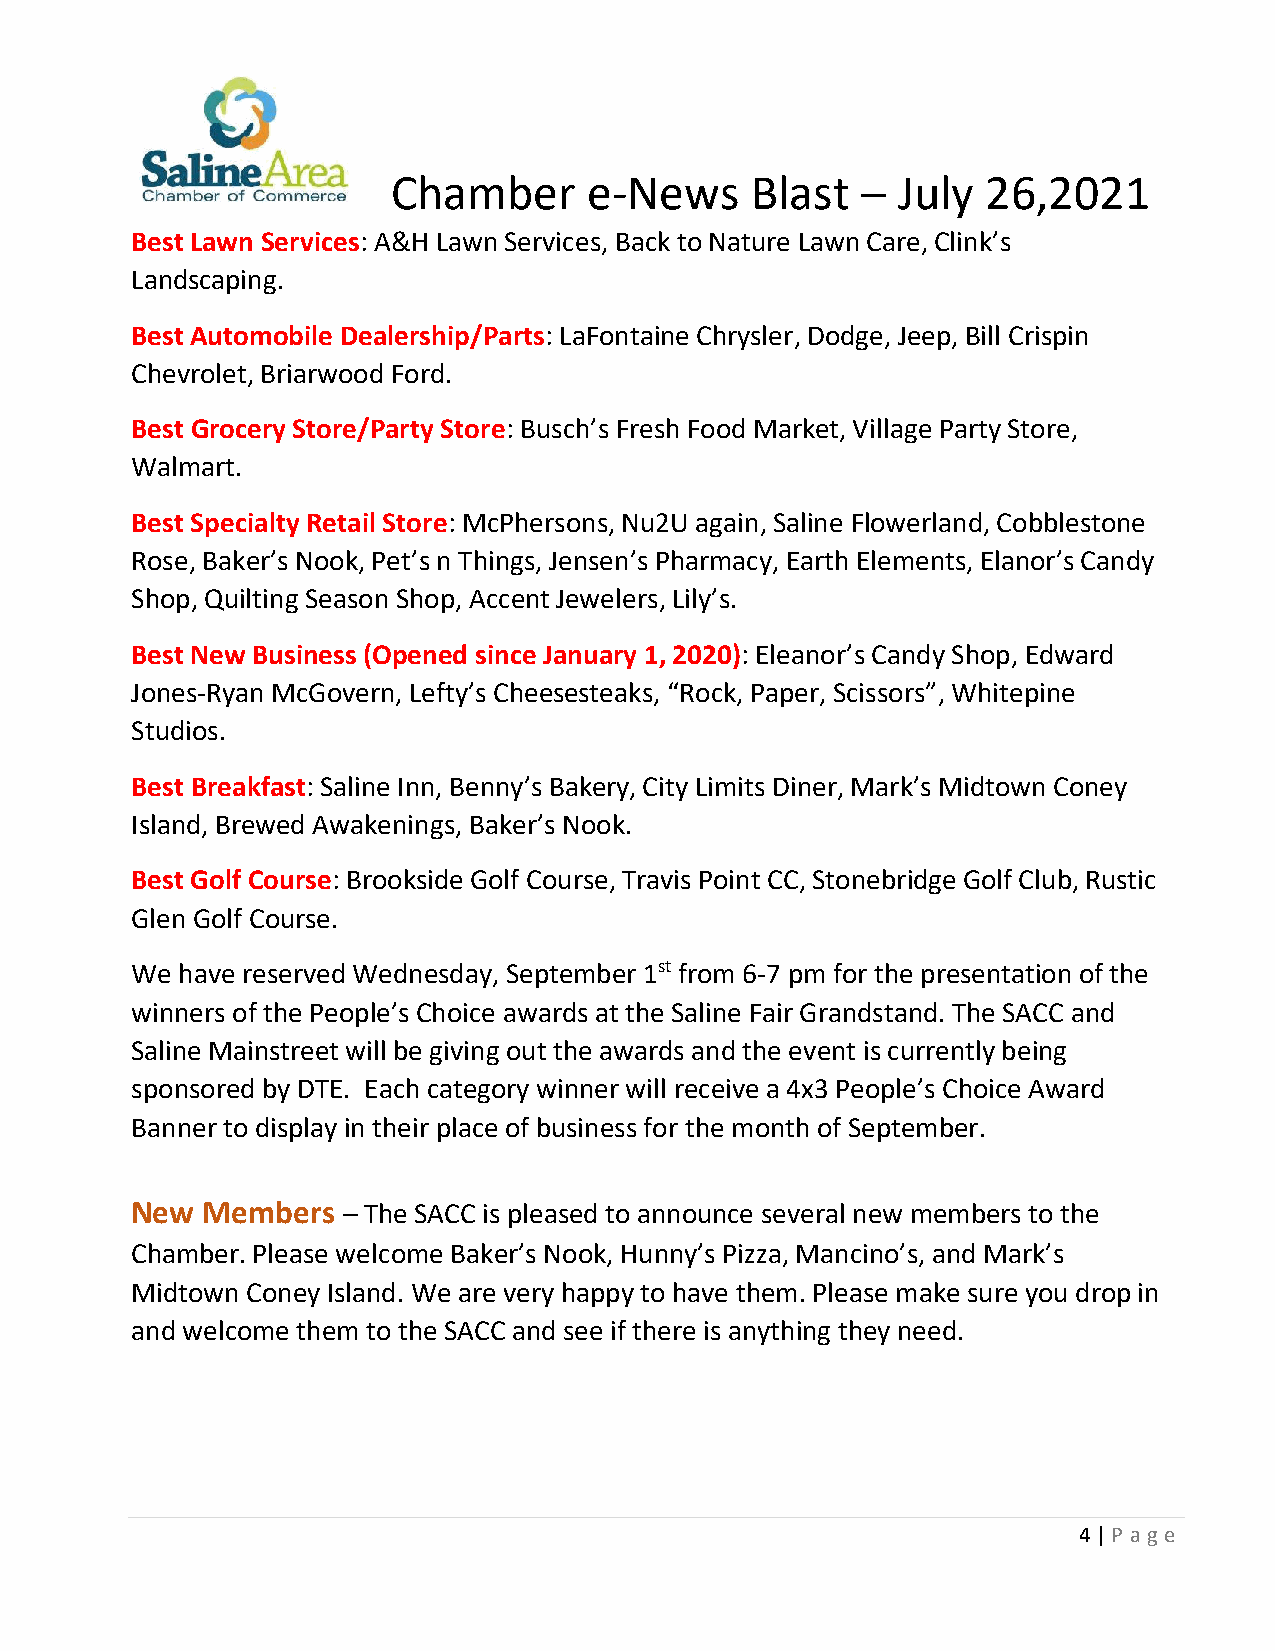
Chamber      e-News     Blast    July  26,2021
 –
 Best Lawn Services: A&H Lawn Services, Back to Nature Lawn Care, Clink’s
 Landscaping.
 Best Automobile Dealership/Parts: LaFontaine Chrysler, Dodge, Jeep, Bill Crispin
 Chevrolet, Briarwood Ford.
 Best Grocery Store/Party Store: Busch’s Fresh Food Market, Village Party Store,
 Walmart.
 Best Specialty Retail Store: McPhersons, Nu2U again, Saline Flowerland, Cobblestone
 Rose, Baker’s Nook, Pet’s n Things, Jensen’s Pharmacy, Earth Elements, Elanor’s Candy
 Shop, Quilting Season Shop, Accent Jewelers, Lily’s.
 Best New Business (Opened since January 1, 2020): Eleanor’s Candy Shop, Edward
 Jones-Ryan McGovern, Lefty’s Cheesesteaks, “Rock, Paper, Scissors”, Whitepine
 Studios.
 Best Breakfast: Saline Inn, Benny’s Bakery, City Limits Diner, Mark’s Midtown Coney
 Island, Brewed Awakenings, Baker’s Nook.
 Best Golf Course: Brookside Golf Course, Travis Point CC, Stonebridge Golf Club, Rustic
 Glen Golf Course.
 We have reserved Wednesday, September 1st from 6-7 pm for the presentation of the
 winners of the People’s Choice awards at the Saline Fair Grandstand. The SACC and
 Saline Mainstreet will be giving out the awards and the event is currently being
 sponsored by DTE. Each category winner will receive a 4x3 People’s Choice Award
 Banner to display in their place of business for the month of September.
 New Members   – The SACC is pleased to announce several new members to the
 Chamber. Please welcome Baker’s Nook, Hunny’s Pizza, Mancino’s, and Mark’s
 Midtown Coney Island. We are very happy to have them. Please make sure you drop in
 and welcome them to the SACC and see if there is anything they need.
 4 | P age